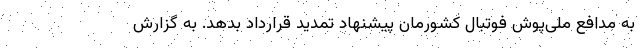
به مدافع ملی‌پوش فوتبال کشورمان پیشنهاد تمدید قرارداد بدهد. به گزارش